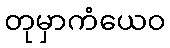
တုမှာကံယေဝ